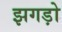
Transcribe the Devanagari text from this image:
झगड़ो